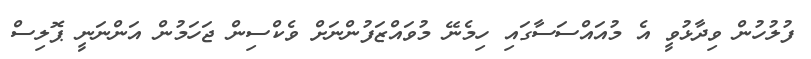
ފުލުހުން ވިދާޅުވީ އެ މުއައްސަސާގައި ހިމެނޭ މުވައްޒަފުންނަށް ވެކްސިން ޖަހަމުން އަންނަނީ ޕޮލިސް